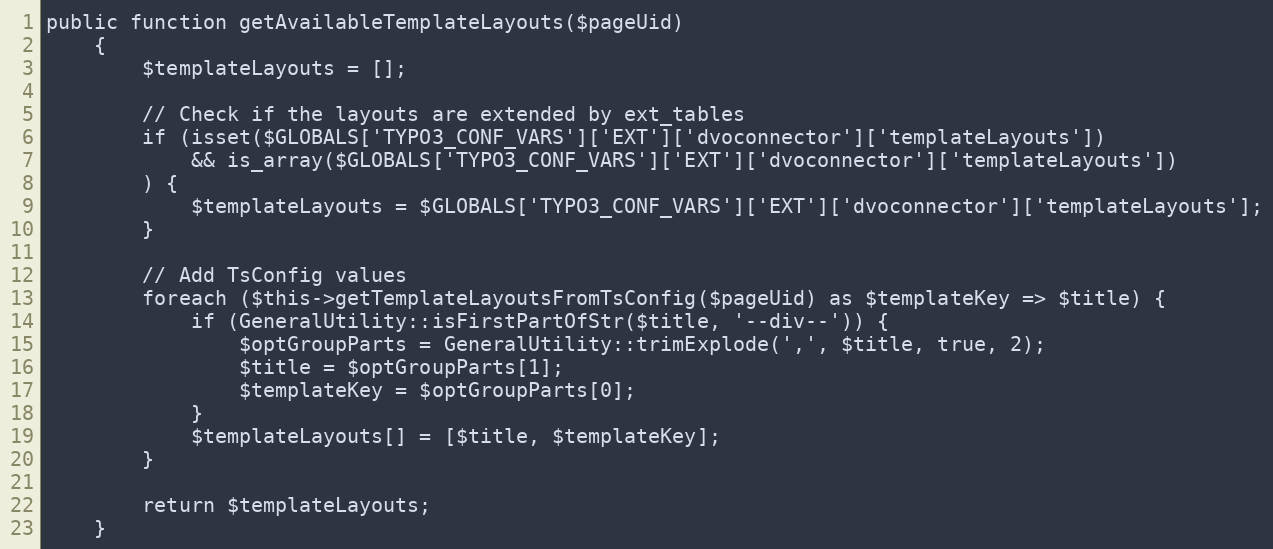
Language: PHP
public function getAvailableTemplateLayouts($pageUid)
    {
        $templateLayouts = [];

        // Check if the layouts are extended by ext_tables
        if (isset($GLOBALS['TYPO3_CONF_VARS']['EXT']['dvoconnector']['templateLayouts'])
            && is_array($GLOBALS['TYPO3_CONF_VARS']['EXT']['dvoconnector']['templateLayouts'])
        ) {
            $templateLayouts = $GLOBALS['TYPO3_CONF_VARS']['EXT']['dvoconnector']['templateLayouts'];
        }

        // Add TsConfig values
        foreach ($this->getTemplateLayoutsFromTsConfig($pageUid) as $templateKey => $title) {
            if (GeneralUtility::isFirstPartOfStr($title, '--div--')) {
                $optGroupParts = GeneralUtility::trimExplode(',', $title, true, 2);
                $title = $optGroupParts[1];
                $templateKey = $optGroupParts[0];
            }
            $templateLayouts[] = [$title, $templateKey];
        }

        return $templateLayouts;
    }